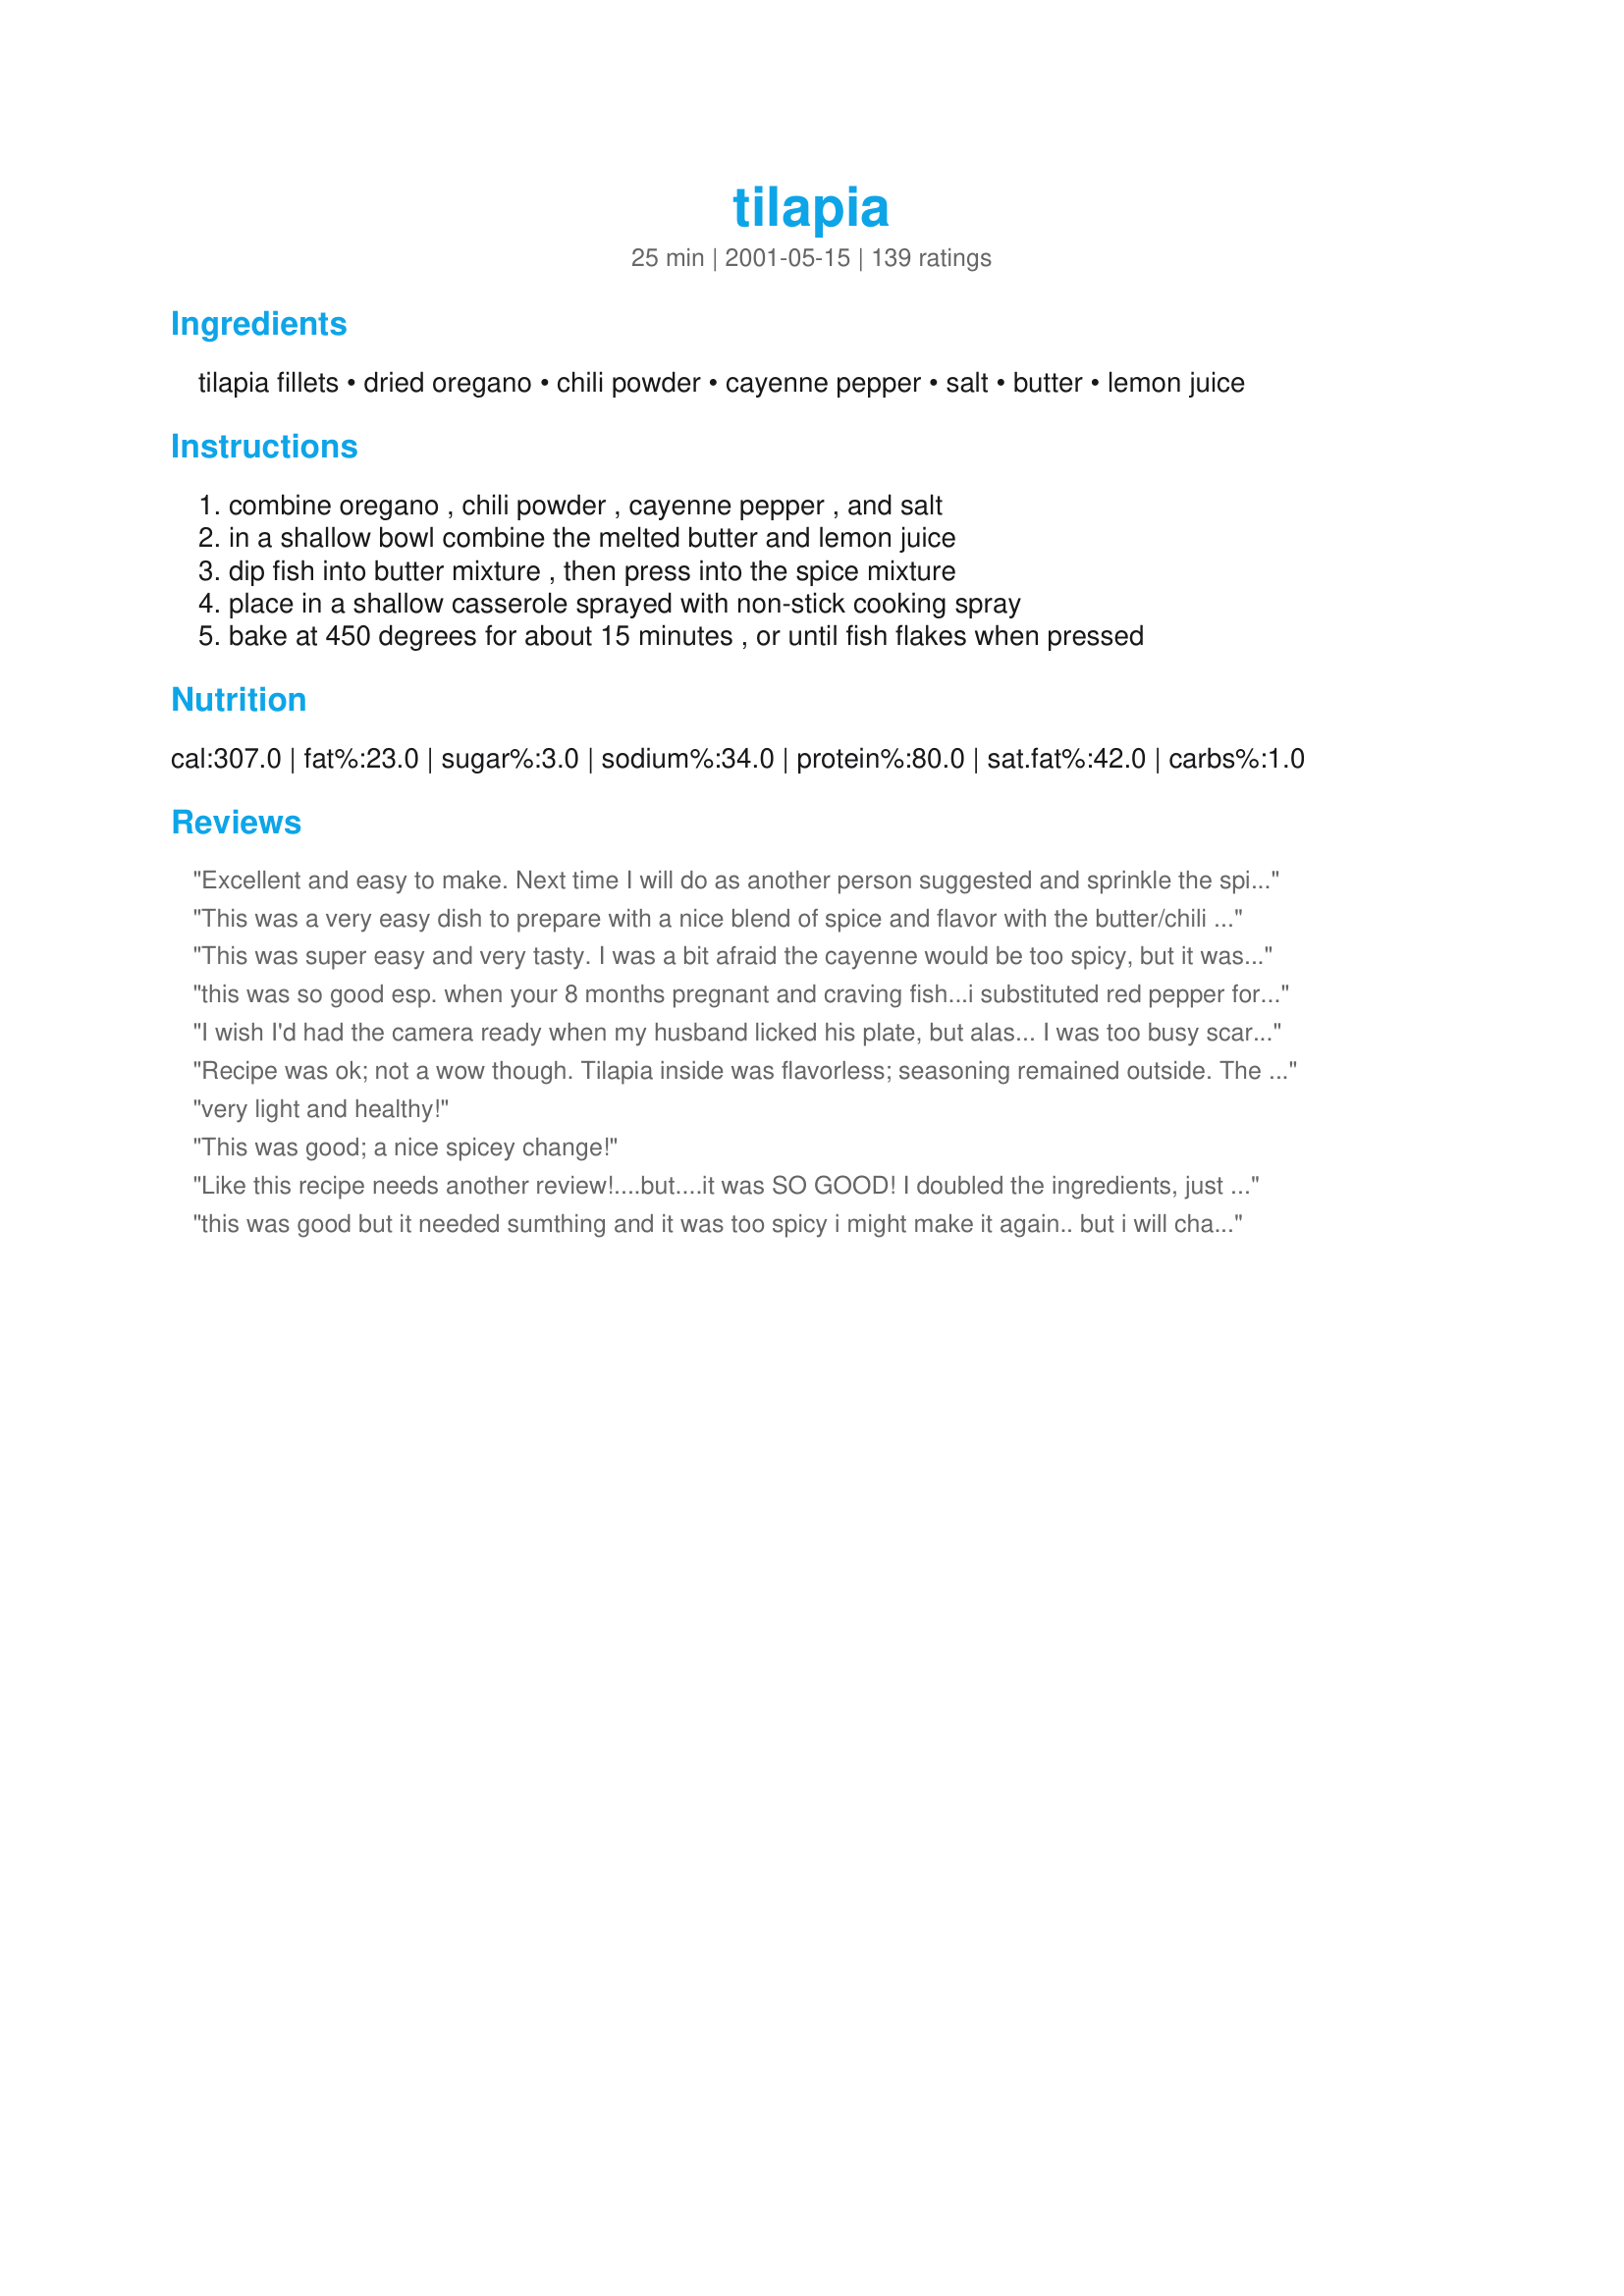
tilapia
Preparation time: 25 minutes

Ingredients:
tilapia fillets, dried oregano, chili powder, cayenne pepper, salt, butter, lemon juice

Steps:
combine oregano , chili powder , cayenne pepper , and salt, in a shallow bowl combine the melted butter and lemon juice, dip fish into butter mixture , then press into the spice mixture, place in a shallow casserole sprayed with non-stick cooking spray, bake at 450 degrees for about 15 minutes , or until fish flakes when pressed

Reviews:
Excellent and easy to make. Next time I will do as another person suggested and sprinkle the spice mixture rather than dip for a more even coating. Also, I cut down the cayenne for my husband who doesn't do spicy very well but I think next time we'll go all the way. The lemon seemed to cut the spiciness and make it quite manageable.
This was a very easy dish to prepare with a nice blend of spice and flavor with the butter/chili combination. The fish came out nice and moist without being dried out, and I was very pleased with the results. Thank you! :)
This was super easy and very tasty. I was a bit afraid the cayenne would be too spicy, but it wasn't. I made the recipe as written, but I did pour the remaining butter/lemon onto the fish for a little extra moisture. The baking time was spot on. This is a keeper for sure.
this was so good esp. when your 8 months pregnant and craving fish...i substituted red pepper for cayenne and lemon pepper for juice
I wish I'd had the camera ready when my husband licked his plate, but alas... I was too busy scarfing this stuff up. Awesome flavor for such a simple, easy-to-put-together dish. No, awesome flavor for ANY dish! I used just a pinch of cayenne for our virginal taste buds and it was perfect with the Garlic Mayonnaise-Parmesan Topping from recipe #88350. The only other change I'd make is to double the spices as I ran out early and had to make more to coat the remaining pieces. Thanks for this keeper, Julie!
Recipe was ok; not a wow though. Tilapia inside was flavorless; seasoning remained outside. The seasoning changed the flavor of the fish quite little.
very light and healthy!
This was good; a nice spicey change!
Like this recipe needs another review!....but....it was SO GOOD! I doubled the ingredients, just not the fish. It was juicy and so flavorful. My DH and my DF and I all REALLY enjoyed it. I served it with pasta and fresh green beans. It was a hit sure to be repeated in my home. THANK YOU, julie!
this was good but it needed sumthing and it was too spicy 
i might make it again.. but i will change some stuff but i might add some brown sugar..
Cooked just as direction stated and it was awesome.My daughter doesn't like fish and she even loved it & wanted seconds.
Very good recipe, and very tasty. The tilapia itself is a softer fish, so if it's baked just long enough, the batter gives it a slight crust. I don't mind spicy foods at all, but thought it was going to be too spicy for my wife as written. However, I went ahead and made it to recipe anyway, and it turned out fine.
Very Good, I made it exactly to the Recipe and it turned out wonderful. I'm 18 so this is the first Fish fillet recipie I made,, and the first Time I ate Tilapia...So it was a Success I would say.
This is a definite 5 star recipe. So easy, so tasty. I took Ronamy's advice and drizzled the yummy lemon (lime in my case) butter sauce over the fish. I also doubled the spices and this was a perfect amount for 4 small fillets. I cooked it for about 13 minutes. Served with baked beans, brown rice, and green salad. Thanks!
I made this, with the additional spices and butter sauce over fish before cooking, and it turned out perfectly--my husband raved over it. The only I did was to grind the spices between my fingers right before I placed them on the fish, to freshen them a little. I served the fish with cheesy polenta stuffed red peppers and a light pasta salad--the whole meal worked together wonderfully.
yum!
Great recipe, my family loved it! I melted the butter in a pan, added the lemon then sprinkled with the spices, and baked it in the butter .. prep time was less than 5 minutes ..
I'm not a fan of citrus with any of my main dishes, so I left it out. It was wonderful. I used spray butter, then heavily sprinkled the spices onto the fish. I also used a fish that my local store is stocking called "white roughy". Not sure how it is different from orange roughy, but I think it is milder. My husband definitely wants me to make this again. Very easy and great way to get your recommended fish servings in each week. I also baked this along with some potatoes that I sliced in half. I lined a cookie sheet with two pieces of foil so that I could seperate the fish and the potatoes. I sprayed both with spray butter, placed the potatoes cut side down and sprayed them again with butter then sprinkled with sea salt. When they were nearly finished, I put the fish in with them, but on the other side of the cookie sheet on their own little foil pan. When I flipped the fish over, I also took out most of the juice from the fish so that they wouldn't get mushy. I then microwaved some sugar snap peas and brocolli and this made an excellent meal. Thanks for a "spicy" tasting fish recipe!!!
Awesome! Even my 3 year olds were eating it. The lemon butter complements the chili very well.
I did not have lemon juice maybe a 1 teaspoon vinegar OR 1 teaspoon white wine OR 1 teaspoon lime juice or 1 tablespoon other citrus juice, Pineapple will work too. I went ahead and made it to recipe anyway, and it turned out fine. I did it With Pineapple juice. Prep time was less than 5 minutes . THANK YOU for the a fine recipe !!!
Loved it! Made this with Parmessan and garlic as someone else recommended. Also left out the cayenne! SOOOOOOOOOOO YUMMY!!! Thank you for sharing.
What a great, easy recipe! I have never made tilapia until tonight--it was on sale and fresh. My husband loved it and he is not into spicy dishes. It was just the perfect amount of spice with a hint of lemon. Loved it!
My boyfriend and I liked this recipe, although it was a bit too spicy. I think part of the reason was I had a hard time getting the spices to evenly coat the fish, because they were of different consistencies. Best to make double or triple on the spices like MrsVamp says. I served with it with Kale which was very nice.
Excellent. I used smart balance buttery spread instead of butter, but otherwise followed the recipe, and the fish was delicious.
I just made this for dinner...and my family loved it! I took BreadBkr's suggestion and added sliced tomatoes around the tilapia in the baking dish. I also got lazy and only spiced the top of the fish after it was in the dish. I just sprinkled it on and rubbed it in. I did not find any dryness in mine, but I am sure the sliced tomatoes added a little extra juice. Fabulous recipe!
Huge hit at our house! Hubby, 14 yr old, 3 yr old, and neighbors LOVED this fish! I tripled the recipe and cut back on the cayenne and chili powder since we had young ones eating it and I am not into too much heat. It had a kick and was fantastic. I should mention I have been a vegetarian since I was four and am just trying to eat fish now...I ate a whole fillet! Great flavor.<br/>Made with the saffron couscous with herbs, and broccoli like a previous poster suggested and the outcome was wonderful!!
My husband has declared this his new favorite fish recipe EVER! I always tend to adapt recipes to my energy level, so after I dipped the fish fillets into the lime/butter mixture (I used 1/2 butter and 1/2 olive oil), I poured the remainder of the lime/butter over the fillets in the baking dish, sprinkled the spices, quite liberally, over the fillets, and baked. It was FANTASTIC!
Excellent recipe. This was part of the Entree for the special Valentine dinner that I made. We loved it, I might use a bit less cayenne, next time, though.
I thought this recipe was okay. I wasn't really all that impressed. The spice are okay on this but I just didn't care for it overall. I *may* make this again... but only until I find a better recipe.
We love this. Yummy. We don't even like fish. We ate the whole thing, unbelievable. Per AmyR's suggestion, I sprinkled the spices onto the fish. Since we have children, I substituted paprika for cayenne pepper. The fish was sweet, tender and delicious. We're going to have to eat fish more often. THANK YOU.
I was looking for a good recipe to cook some tilapia. I made this just as written and it came out great! Even some of the other family members that don't like fish liked it. I will use this often. I plan to try other fish too.
Very good and easy. I used all spice mixture up on half of my fish, so will use a shaker for the spices next time.
This is really good!
This was fantastic and so easy! Served it with wild rice. I will make this often!
I enjoyed this recipe, but there was a bit too much chili powder for me. Next time I will try using only 1 tsp. The rest of the family loved it the way it was...lucky for me I'm the cook :)
Very good and easy.
This recipe was soooo easy! Very good. It was a bit spicy for me and my family, but it was still quite good.
We made this for supper tonite. We don't know whether we liked it or didn't like it. The combination of the spices were good but they were way to spicy for us. This is perfect for someone who likes spicy foods. Thanks for sharing.
Delicious! I cut down the spice for my taste, but I really enjoyed it. It's a nice change from the more common lemon/butter/garlic tilapia
Easy, Fast recipe. Good taste, some spice to it. All the spice adhered to the fish. The remaining butter-lemon juice mixture I scraped out to pour on top of the fish.
Added sliced pieces of green and yellow squash to the same baking sheet with some oil for roasted veggies. The fish is moist and flakes easily.
This was so easy and quick to make. My fillets were even quicker to cook because they were fairly thin. I wish that I had seasoned the fish up a bit more with extra salt, it was spicy but not salty enough for me. That could just be my personal preference, though. The flavor didn't seem to penetrate very deeply, but in a way that was nice because I could actually taste the fish itself!

 Overall, a good, fast and easy way to prepare fish. This was my first tilapia cooking experience, and I will do it again.
Delicious. Thank you. Make sure you get the fish fresh and use it quickly after you buy it. Also, I would drizzle a bit more butter and let the fish soak in it while cooking.
Great tilapia recipe! I cut the amount of cayenne in half and it was still plenty spicy for us. I also just poured the butter/lemon juice over the fish and sprinkled the seasoning over. We loved it!
Very very good! Very easy to prepare. After reading the other reviews I chose to dip fish in the butter and lemon juice, laid fish on a foil lined baking sheet then sprinkled the seasons on each side of filet. I was more able to control how much of each was applied. My 10 yrs had two filets and begged for more. I will bemaking this quick and super easy recipe many many more times. Thank you for posting!
yum! whole family loved it --- I followed the suggestions of others before me and added the leftover butter/lemon mix (after dredging the fish) to the pan in which I was cooking the tilapia. Definitely a keeper!
I used fat free butter and Louisiana Hot Sauce in place of Cayenne Pepper and it turned out excellent. This has a nice tang to it and is not spicy hot like you might think. It's so good I've already made it twice!
This was very good, I substituted cumin for the cayenne, I maybe would use something else rather than oregano next time I make this. The oregano seemed to overpower the other spices too much.
This was so easy and really was delicious! If you like a little spice to your food, this recipe is for you. Great fish with a spicy kick!
I followed the recipe exactly and it turned out great. Thanks for sharing it!
Great and delicious recipe.

I substituted chipotle for the cayenne and it turned out great. The costing made a nice crust.
Thanks,
Buddy
This was easy and very flavorful, just a little bit too spicy and not quite what I had in mind. I might tone down the pepper next time if I make it again.
We absolutely loved this recipe and did it just as it is but doubled it due to others reviews and thought it was awesome! So much flavour and not at all as spicy as I thought...thanks!
Super Easy! Gives fish, like tilapia, with not a lot of flavor a spicy burst! My husband loved it! Thanks.
Very easy and delicious recipe - Thank you! In the middle of preparing I realized I was out of Chili Powder - so I used Chili Powder recipe# 16892 . I also took others advice and melted the butter w/ the lemon, placed the fillets on top and sprinkled w/ the seasoning. Baked that way and they came out perfect! Even ladled the juice over the fillets when serving - double delicious!
Excellent. Served it over almond rice pilaf with sauteed asparagus and Pinot Grigio. Killer!
Good and easy, will definately make again! Thanks
This is very similar to the spices I use when blackening fish, without all the fuss, mess and smoke in the kitchen! We like spicy, and this was. I made the recipe as written, and it turned out very good. I think next time though,I will drizzle a little of the melted butter/lemon over the fillets before cooking, as the thinner parts of the fish came out just a tad dry. Very good none the less. It was quick an easy. I served it with a spicy rice and beans dish and sauteed zucchini, onions and tomatoes. Next time I'll make some cornbread too!Thanks!
My husband, not a fish lover, actually gets excited when I say I'm making this for dinner. Good recipe, but I made a few changes. First, I started mixing the spices with the butter and lemon juice, in order to get more even coverage of the fillets (I apply the mixture with a pastry brush). Second, I cut the amount of chili powder down to 1 teaspoon, because we found that the chili flavor was a bit overpowering in the original recipe.
Tastes great and is very easy

My family really enjoyed this. Even the ones that usually don't care for fish liked it. We will be making this recipe again. Thanks.
This was VERY GOOD. I used olive oil instead of butter and it made no difference at all in the taste. It was simple, fast and healthy. I will be making this again and again. My kind of recipe. We really enjoyed this. Thanks for posting it!!!
Love, love, love! Super easy and super fast. I used olive oil as mentioned by some others. I made two as instructed and two other fillets I crushed up some French fried onions I needed to use up (just a little bit) and mashed them in the top. Delicious both ways! Cooked my 4 big-box store vacuum sealed, bagged fillets on a cookie sheet with parchment paper exactly 15 minutes - perfectly crunchy and flaky. Hubby actually said the tilapia and couscous was better than the steak and potato we had the night before - that is a BIG deal! ;) Will make again!
Amazing recipe! Recently made this for a family dinner and everybody loved it. I added a dash of olive oil to the lemon to make it more flavorful. Thx!
We eat a lot of fish, so I'm always on the lookout for a new way to cook it. This recipe was okay, nothing specific we didn't like, but nothing specific we did either.
Very good; quick & easy!
Simple and tasty. I made as directed, except for adjusting the recipe to accommodate 24 ounces of fillets (went ahead and doubled the spice mixture) and sprinkling some of the leftover butter/lemon juice over the fish before baking. Next time I think I would make a few simple changes, though. Rather than dipping the tilapia in the butter and lemon juice, I would reduce those amounts, put the mixture directly in the baking pan and just turn the fillets to coat. Then I would simply sprinkle the spice mixture over the tops. While pressing the fish into the spices, I ran out of the mixture; I did coat both sides of the fish in it, perhaps too heavily, so maybe I should have only coated one side. I don't know that there needs to be a lot more of the spice mixture, though, I think it just needs to be more fairly distributed than I managed to accomplish. :) Anyway, nice, quick recipe--thanks for posting!
I did not care for the flavor of this dish. The cayenne pepper made it very spicy and the oregano seemed out of place. The cook time was accurate.
Wow, this is flavorful. I made this for my family and it was devoured. We like fish (of all kinds) but sometimes it can be a bit bland. Not this recipe. We loved it and I will make again, its quick, simple and I always have the ingredients on hand. Thank you for sharing your recipe with us.
Not a big fan of this. It was a nice change from the typical. But it just wasn't really flavorful in my opinion. My husband and I thought it was alright. My thirteen year old did not like it at all. Probably will not make this one again.
I didn't use the cayenne or chili powder and it was still awesome. thanks.
Fast and easy recipe! I also put the butter and spices in a small pan and covered the tilapia with the ingredients and then moved the tilapia to the oven. Served with rice. Thanks!
Incredible! Instead of chili powder, which I did not have, I used a mix of half paprika and half curry powder and seasoned with lemon pepper. I absolutely LOVED it! And it was so quick! I can't wait to have this again...
My new favorite way to make fish! Very flavorful and easy.
I made this dish tonight and it was magnificent. I couldn't stop sighing, it was so 5 star restaurant. I did make a couple of substitutes like instead of oregano, chili powder and cayenne pepper, I used italian seasoning, crushed red pepper and old bay seasoning and I sauteed it. Thanks so much for this recipe, I had to call my mother and brag!
I made this tonight! Delish
My bf could not stomach this recipe. The oregano was not a good choice for the tilapia, since it absorbs so much flavor. A sprinkle would've been good, but not a dip in the spice. This had a really bad taste. I say stick to the basic garlic and lemon for this.
We didn't like the combination of spices. They seemed to clash. The temperature and baking time was right. But I suggest sprinkling the spices on the fish instead of pressing the fish into the spice mixture.
Like the other reviewers have said, great recipe. Easy and flavorful. 15 minutes at 450 was PERFECT in my oven.
Made this tonight for a quickie dinner and loved it! My husband thought it was a little to spicy and a little too salty (whiny-poo) but I loved the little kick to it! According to previous reviewers, I cut the chili powder down a little bit and mixed all the seasonings, butter and (I used lime) juice together and applied them with a pastry brush - it worked great! I broiled my filets thinking it would be quicker, but am not used to my new apt's oven yet and smoked the whole place up! After making the oven unusable I was forced to finish cooking them by pan-frying in the rest of the butter/seasoning mix ... they still turned out delicious! And so easy! I can't wait to make this again and bake them properly. :) I served with buttered couscous and steamed broccoli. This will find a place on my bi-weekly menu for sure. Thanks again!
I, too, was a bit worried about my husband's reaction to the addition of cayenne....but on previous reviewer's (Jon Edwards) comment,I followed recipe to a &quot;T&quot;. He LOVED it! I thought it was a great change of taste for tilapia...will definitely make again! Thanks for giving me a super easy, fast addition to dinner choices!!!
Very good and very easy. I made it easier by not using the dipping method; I brushed the tilapia with the melted butter/lemon juice mixture, then sprinkled the spices over top. I halved the amount of cayenne and it had the perfect amount of heat. Thanx for a great tilapia recipe. I will repeat this one.
I am slowly introducing fish into our regular routine and am glad I found this recipe! It was easy and the fish turned out quite good! Thanks for posting!
I really enjoyed this fish!! My husband liked it too but thought it was too spicy. So the next time I made it I skipped the Cayenne, and replaced it with Garlic Powder. The spice amount was literally enough for only two pieces of tilapia so I suggest doubling up on it if you need more but the butter mixture was enough. It came out very crunch which I love. The first time I made it I served it with cheddar mashed potatoes and steamed green beans. The second time I made a sandwich with tartar sauce and fries.
I made this last week and it was quick and easy. Served it with lemon rice and steam green beans. Excellent healthy dinner!
Just made this for dinner! Dh is very picky about fish, usually only cares for it if it is caught the morning it is cooked. Had bought some tilapia, and froze it, defrosted and made this recipe with it today, and it was GREAT! Made it just as suggested, but did put a little flavored oil over the tops before baking. Went great with our curry rice!
Fish totally overwhelmed by spices. Not something I would recommend!
I love tilapia and am alwayslooking for new ways to prepare it.This recipe did not disappoint. I only used half of the cayenne called for because I do have children in the house and it was fine.Thank you for a great recipe.
This was quick and easy. However, I found the chili powder and cayenne to be quite overpowering and I cut back on them. Even DH, who likes it spicy, said it was too much. Also, the oregano seemed to be taken by the first filet and I had to add more. I didn't spray the cooking dish and it came out fine and cleaned up easily as well.
Great recipe! I made a few small changes -- added adobo, parmesan cheese, and bread crumbs to mixture. Brushed butter on fish intead and added olive oil to spice mixture with lemon juice until it was a bit pastey but not too thick. I then brushed the mixture on the fish, baked per recipe, AND then broiled for 2 minutes. It was DELICIOUS! The best fish I have ever had, in fact. - Chickalicious
Very good. I was overwhelmed by seasoning though. I think I will make again and sprinkle seasoning. Good seasoning combo though. Thanks!
I liked it, but I didn't feel it was enough spice for my fillets. It covered one side, but not the other and I like my spices on both sides. I tried the recipe again using the same spices but with olive oil and lemon juice and did them as a marinade and then sauted them in a pan. Much better!
Yummy!
Yummy!
Since I found this recipe we have been having it at least once a week, sometimes twice. To save on fat I don't use the butter, but instead a couple teaspoons of heart friendly margarine with the lemon juice (I've also substituted lime juice and that works great also).
Great recipe! I used fresh flounder...halved all except the butter/lemon combo, and it turned out beautifully....will definitely make again!
Thanks Julie!
I doctored this recipe a little bit, but ended up with excellent results. I used blue snapper fillets, then I went ahead and combined all of the remaining ingredients, but I reduced the chili powder in half. Then I poured everything over the fish and "marinated" it in the fridge for about an hour. Then I just baked it with the butter sauce according to the recipe. I will be making this again for sure. Thank you.
Very tasty! I made this for my husband and he ate it up. I also used black pepper rather than red since we don't care for very spicy dishes.
This was really good fish. We loved the combination of spices. We grilled the fish instead of baking and it worked great.
I made this dish following the directions as written. At first I wasn't sure if I was supposed to put the spices on both sides of the fish fillet so I just ended up putting it on one side and put the fillet in the casserole dish with the spiced side up. Next time I will probably try sprinkling the spices on instead of pressing them into the fish fillet since it seemed that the spices were too thick on some parts of the fish. I did end up drizzling the remaining melted butter / lemon over all the fillets before cooking. My hubby and I both enjoyed this dish very much and it was fairly easy to make. I agree with a previous reviewer that it has a similar flavor to blackened fish. We will definitely make this dish again. Thanks for posting.
Great recipe! Very flavorful. I served this with white sticky rice and asparagus.. It was a delicious meal! Can't wait to make it again!
Whew this one was spicy! I doubled the recipe since i had 4 7oz filets, but next time i wont double the chili pepper and cayenne. The seasoning was still excellent, once my mouth acclimated to the burning spice level! I definitely recommend it to those who love heavy seasoning.
This recipe is an almost fool-proof way to make moist and spicy fish. Like other reviewers, I thought the spice mix was close to what I use to blacken fish. I guess I still prefer the stovetop to get the crusty outside, but not having to watch over the fish while it cooks is a definite plus here. Thank you for posting!
I can't believe I haven't reviewed this yet! I've made this several times, and it's always so good! A great blend of spices with just the right amount of "kick!" Thank you for posting this delicious and easy recipe! :)
My family loves this recipe! I leave out the cayenne, a personal preference. My son is alway asking me to make this even if I've just made it the night before! Thanks for posting. : )
My family enjoyed this dish very much. The only difference I did in making this dish was instead of dipping the fish into the butter mixture I brushed the fish and then sprinkled the seasoning mix onto the fish. It was not spicy at all for our taste and it also left a little sauce to top over the fish and rice when serving. Even the kids enjoyed it.
Quick, easy, flavorful -- this was just the recipe I was looking for. I needed to do something with some frozen tilapia fillets, and needed to do it fast. Next time I think I'll skip the cayenne and cut back a bit on the chili powder -- I used Penzey's ancho chili powder, and the flavor was just a tad -- just a bit -- overpowering. Loved this -- thanks!
Delicious!!!!Definately a keeper.
Very tasty way to have tilapia! I substituted butter for olive oil. Excellent!
This was really good...just a little spicy for us. Next time I will leave the cayenne out totally
Excellent dish and easy to make! I served this to rave reviews.
Excellent. I melted the butter in the dish I used for baking and mixed the lemon juice with it. I then had a lovely spicy sauce to dip the fish in. I used just a dash of cayenne and found the dish perfectly spiced.
Great! Quick and Easy!
I added garlic and omitted chili powder, and poured the remainder of the butter mix on top to keep it moist.
It was pretty good. I only made it with one ~4 oz fillet. So I halved the butter/lemon and spices. I didn't use the salt, just salted to taste when I served it. Overall, it was good, but I felt like something was missing--probably the salt, so my own fault :-)
This went over well at my house, except for my nursling. Guess I'm going to have to cut down on my chili pepper intake. ;) I feel like some of the fillets got too much spice, and some not enough. Perhaps a crumb or cereal breading would help evenly distribute the spices.
Made this for Zaar Cookbook Tag and I'm glad I did! I followed the directions except for adding some parmesan cheese to the bread crumb mixture and adding some garlic powder to the herb mixture (we love garlic) and using all the lemon/butter mixture to the pan when cooking the fish like a previous reviewer did. Served with Saffron Couscous with Herbs #428285 and broccoli. Definately a keeper!
I didn't have chili powder and I only had frozen fish on hand but the recipe still came out great.
Very tasty, if you don't care for the spicy foods, cut back on the cayenne. Enjoyed it alot and will make again
Very good. It was a bit spicey for my taste, but it was still quite tasty.
Julie.....I just tried your recipe, first let me say that my family loved it! Second, let me say that I did not follow your recipe to a tee. :( I did mix lemon juice and butter to dredge the fish in. Then I mixed flour and Old Bay with some garlic pepper for the breading. I double-dipped!! :) Which means I dipped in butter, then breading, then back into the butter, then back into the breading. WHEW!!! This was great!! There was just the right amount of lemon that really added to the flavor! I will make this a regular to my family menu! Fish has been a little scarce in our home because of the price, but this fish is inexpensive and tastes great too. Thank you for sharing your recipe. TeresaLynn
I had four frozen filets to use so I used 3 times the seasoning (I coated both sides, was I not supposed to?) Hubby gave ten stars and immediately stated it had to be added to our cookbook. It's a bit hot for the tendermouths in the family but we loved it. Thank you for posting.
My family really enjoyed this fish. It was easy to make, made it exactly as the recipe calls. My family wants me to make it again real soon. It was great. Thanks. Gloria (gigi)
This recipe was quick and easy!! I doubled the seasoning because I had a lot of fish, but it turned out really too spicy. Next time I will sprinkle the spice on instead of patting it on so thick, my mistake!!
We loved this. A great way to cook this fish without the usual butter and lemon.
I love all the lemon. Very good and simple. I did cut the chili powder in half, and it was plenty spicy (and we like spicy things!).
Julie, great tilapia recipe. We has this for dinner the other night. The only thing I did differently was to use a little of the butter mixture brushed on the thinner edges of the tilapia before baking, at the suggestion of Ronamay, so that they would not dry out too much. Worked like a charm!!. Thanks for a quick and easy keeper. Tweeky.
Actually used 2 1/2 teaspoons of French Quarter Spice that I had from New Orleans in place of the chili and cayenne. Wonderful flavor!!!
EXCELLENT! I have been trying numerous recipes on this website, and this is the best so far. I did have fairly large pieces of Tilapia, so I had to double the ingredients. The taste is spicy, but the seasonings are well blended. Also, make sure you really coat the dish with cooking spray. Otherwise, it will burn. This recipe is a keeper.
This was our first time trying tilapia and this recipe was a success. I did double all the spices to make sure I had enough to cover.
This fish is really good! I used black pepper instead of red pepper because I saw where someone said it was spicy, and I don't like spicy things. I think it worked well. I also used a broiler pan to try to prevent the fish from sticking to the pan or getting soggy. It worked well. I really like this recipe and intend to show it off soon. Thanks!
Turned out great. I did not alter anything. 
Thanks Julie !
very flavorful. Even better with some nice big tomato slices or chucks baked on top. I don't generally like fish, but this is one of my favorite dishes!
This is an excellent recipe! I chopped up a tomato, an onion, and a green pepper and threw them on top (with a little olive oil) of the fish while it cooked. It all turned out perfect! Serve with a few boiled potatoes for an amazingly quick, easy, and delicious meal!!
As I've never known quite how to cook fish, I wanted to start out with a simple recipe. I wasn't let down- this is so easy and really good. I must admit that I used a 'canned' cajun spice mix (Emeril's) in place of the ones you recommend, but did everything else as you wrote. So good. Thanks!
This was a big hit at dinner last night. We really enjoyed the cayenne bite & I appreciated the easy oven prep. I served it alongside couscous & a fresh mango salsa. Thanks for sharing.
Amazing!
I used Mexican chili flakes instead of powder and I reduced the amount of cayenne pepper. Once I finished pressing the spices I discarded the rest of the melted butter/lemon marinade and let the fish stand for about 1 hour in the fridge cover with saran wrap.
This recipe is fantastic my DH loved it and he is in not a tilapia fan.
Thank you very much for posting.
All I can say is WOW! I made as written and it was so easy and
so tasty. It will definately go in the weekly rotation. This is one of the best recipes I have gotten off of this site. Thanks!!
Unfortunately, the grocery store did not have tilapia so I had to use flounder. Instead of chili powder I used cajun spice (which added a lot of flavor) with added cayenne pepper and lots of oregano. Wanted to give this recipe an excellent review even though I couldn't follow it exactly. Had to reduce cooking time just a little. Bravo!
Very Good! Spicey tilapia. It was delectable!!!!
Wow! I was looking for a super easy tilapia recipe and this was great! I agree with others that you need to double the spices. I did make a substitution...couldn't do the cayenne with my kiddos, so I subbed with lemon pepper and it was SO GOOD!! I served with spanish rice and green beans. This is definitely added to my recipe rotation. Thanks Julie!
I followed your recipe exactly and loved it.
Very moist and delicious. I served it over a mound of mashed red skin potatoes and it made a beautiful presentation.
